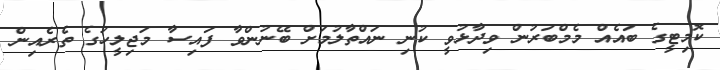
ކޮމިޓީގެ ބައެއް މެމްބަރުން ވިދާޅުވީ ކުނި ނައްތާލުމަށް ބޭނުންވާ ފައިސާ މަޖިލީހުގެ ތެރެއިން